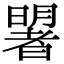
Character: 𣋐